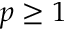
p \ge 1